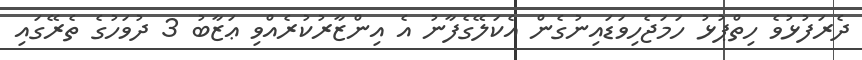
ދެރަފުޅުވެ ހިތްޕުޅު ހަމަޖެހިވަޑައިނުގެން އެކަލޭގެފާނު އެ އިންޒާރުކުރެއްވި ޢަޒާބު 3 ދުވަހުގެ ތެރޭގައި